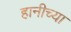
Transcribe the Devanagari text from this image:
हानीच्या